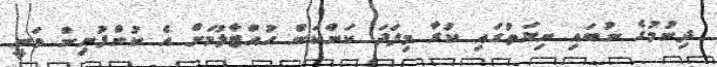
ދިނުމުގެ ނުބައި ނިޔަތުގައި ކުރާ މިފަދަ ކަންކަން ހުއްޓާލުމަށް އެ ކުންފުނިން ވަނީ